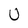
Character: U